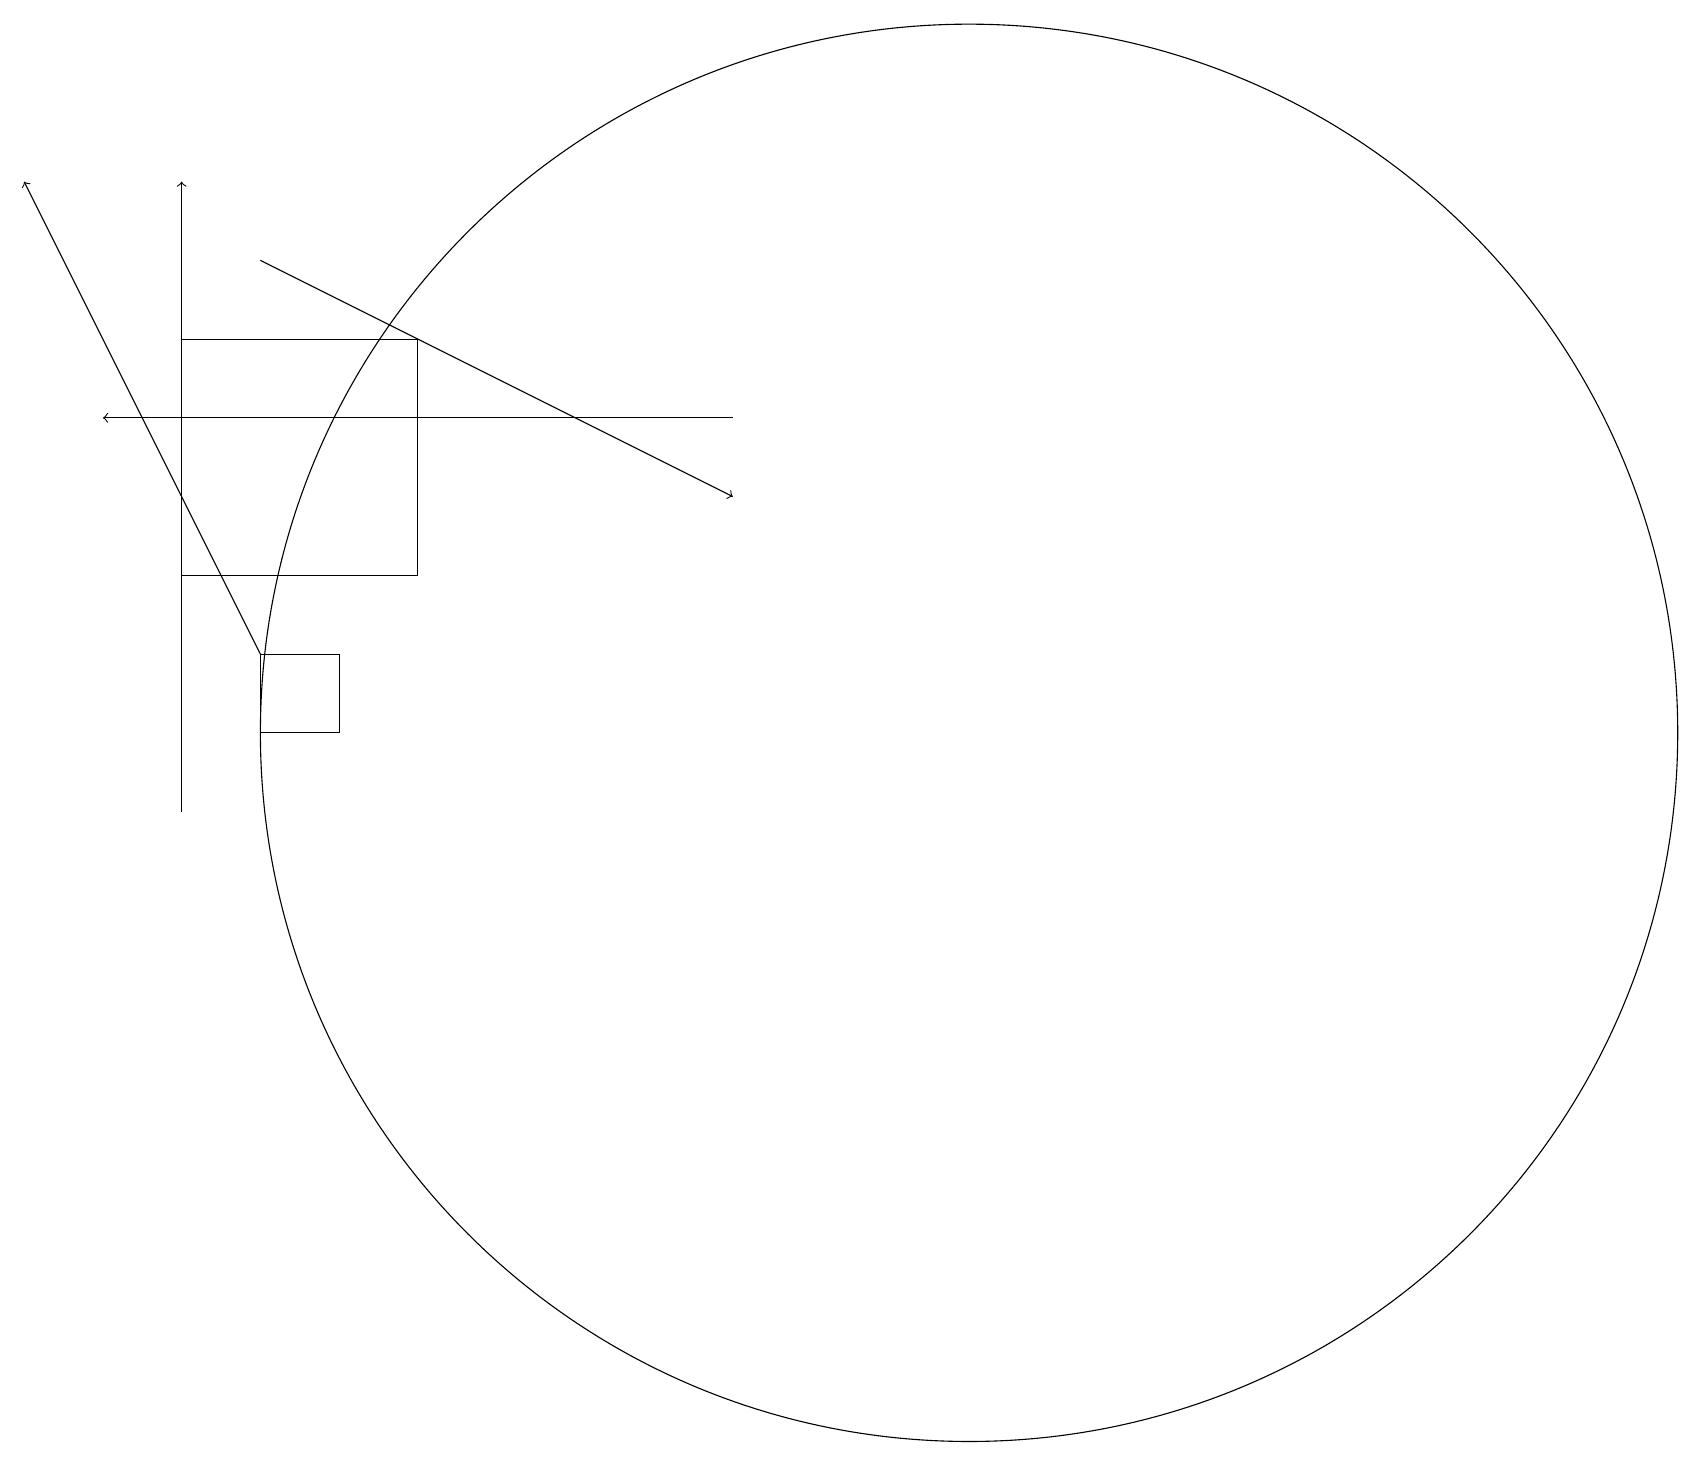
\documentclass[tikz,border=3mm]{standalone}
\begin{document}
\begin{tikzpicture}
\draw[->] (3,12) -- (0,18);
\draw[->] (2,10) -- (2,18);
\draw (2,16) rectangle (5,13);
\draw (4,11) rectangle (3,12);
\draw[->] (3,17) -- (9,14);
\draw[->] (9,15) -- (1,15);
\draw (12,11) circle (9);
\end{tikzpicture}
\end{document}